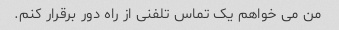
من می خواهم یک تماس تلفنی از راه دور برقرار کنم.